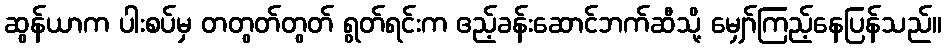
ဆွန်ယာက ပါးစပ်မှ တတွတ်တွတ် ရွတ်ရင်းက ဧည့်ခန်းဆောင်ဘက်ဆီသို့ မျှော်ကြည့်နေပြန်သည်။